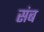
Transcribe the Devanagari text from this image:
संब